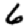
Digit: 6